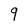
Character: 9